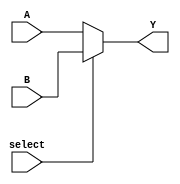
// ECE 5440/6370 
// Thirty Two Bit Two to One Mux
// Multiplexor with Two-Thirty-Two Bit Inputs
// 

// Inputs:
//      A: Input A
//      B: Input B
//      select: Selects A or B
//
// Outputs:
//      Y: Equal to A when select is low, equal to B when select is high


module thirtyTwoBitTwoToOneMux(
                  input [31:0] A,
                  input [31:0] B,
                  input select,
                  output reg [31:0] Y);

    always @(select, A, B)
    begin
        Y = (select == 1'b0) ? A : B;
    end 
endmodule